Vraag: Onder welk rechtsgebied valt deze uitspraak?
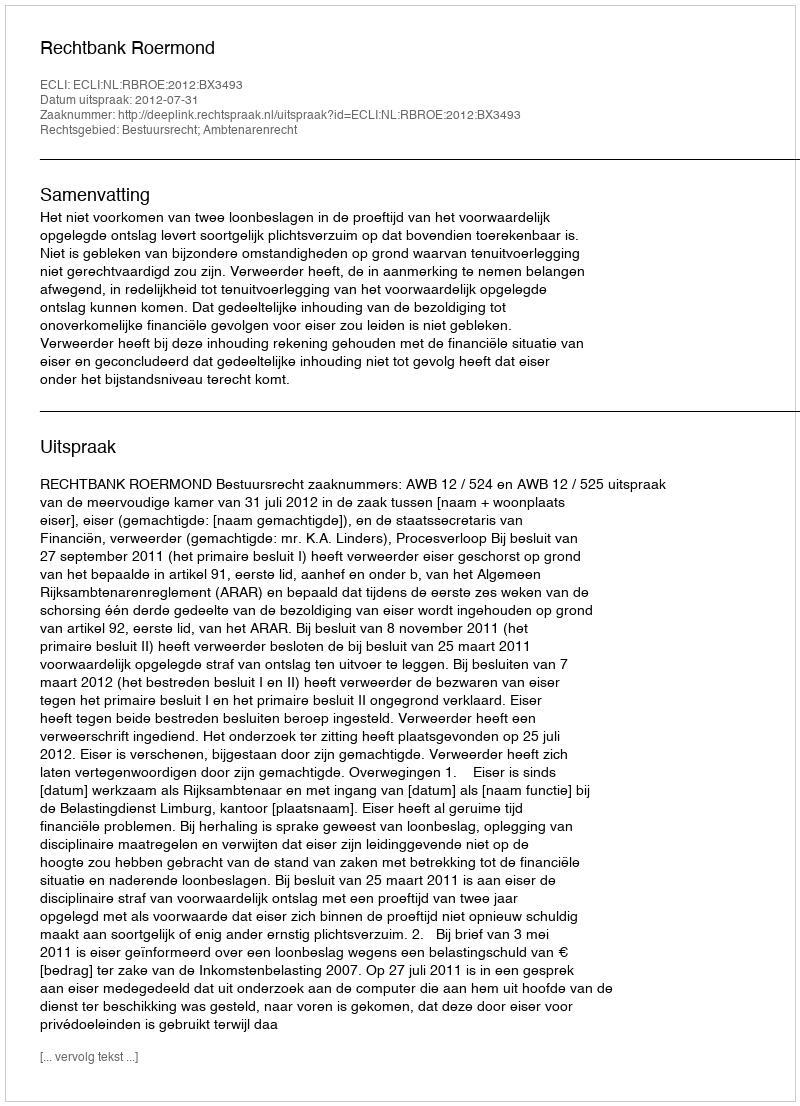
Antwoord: Bestuursrecht; Ambtenarenrecht